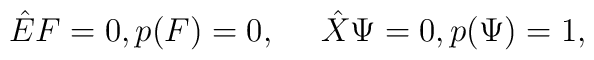
{\hat E} F =0, p(F) =0,\quad\ {\hat X}\Psi =0, p(\Psi)=1 ,